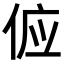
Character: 𬾖